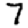
Digit: 7